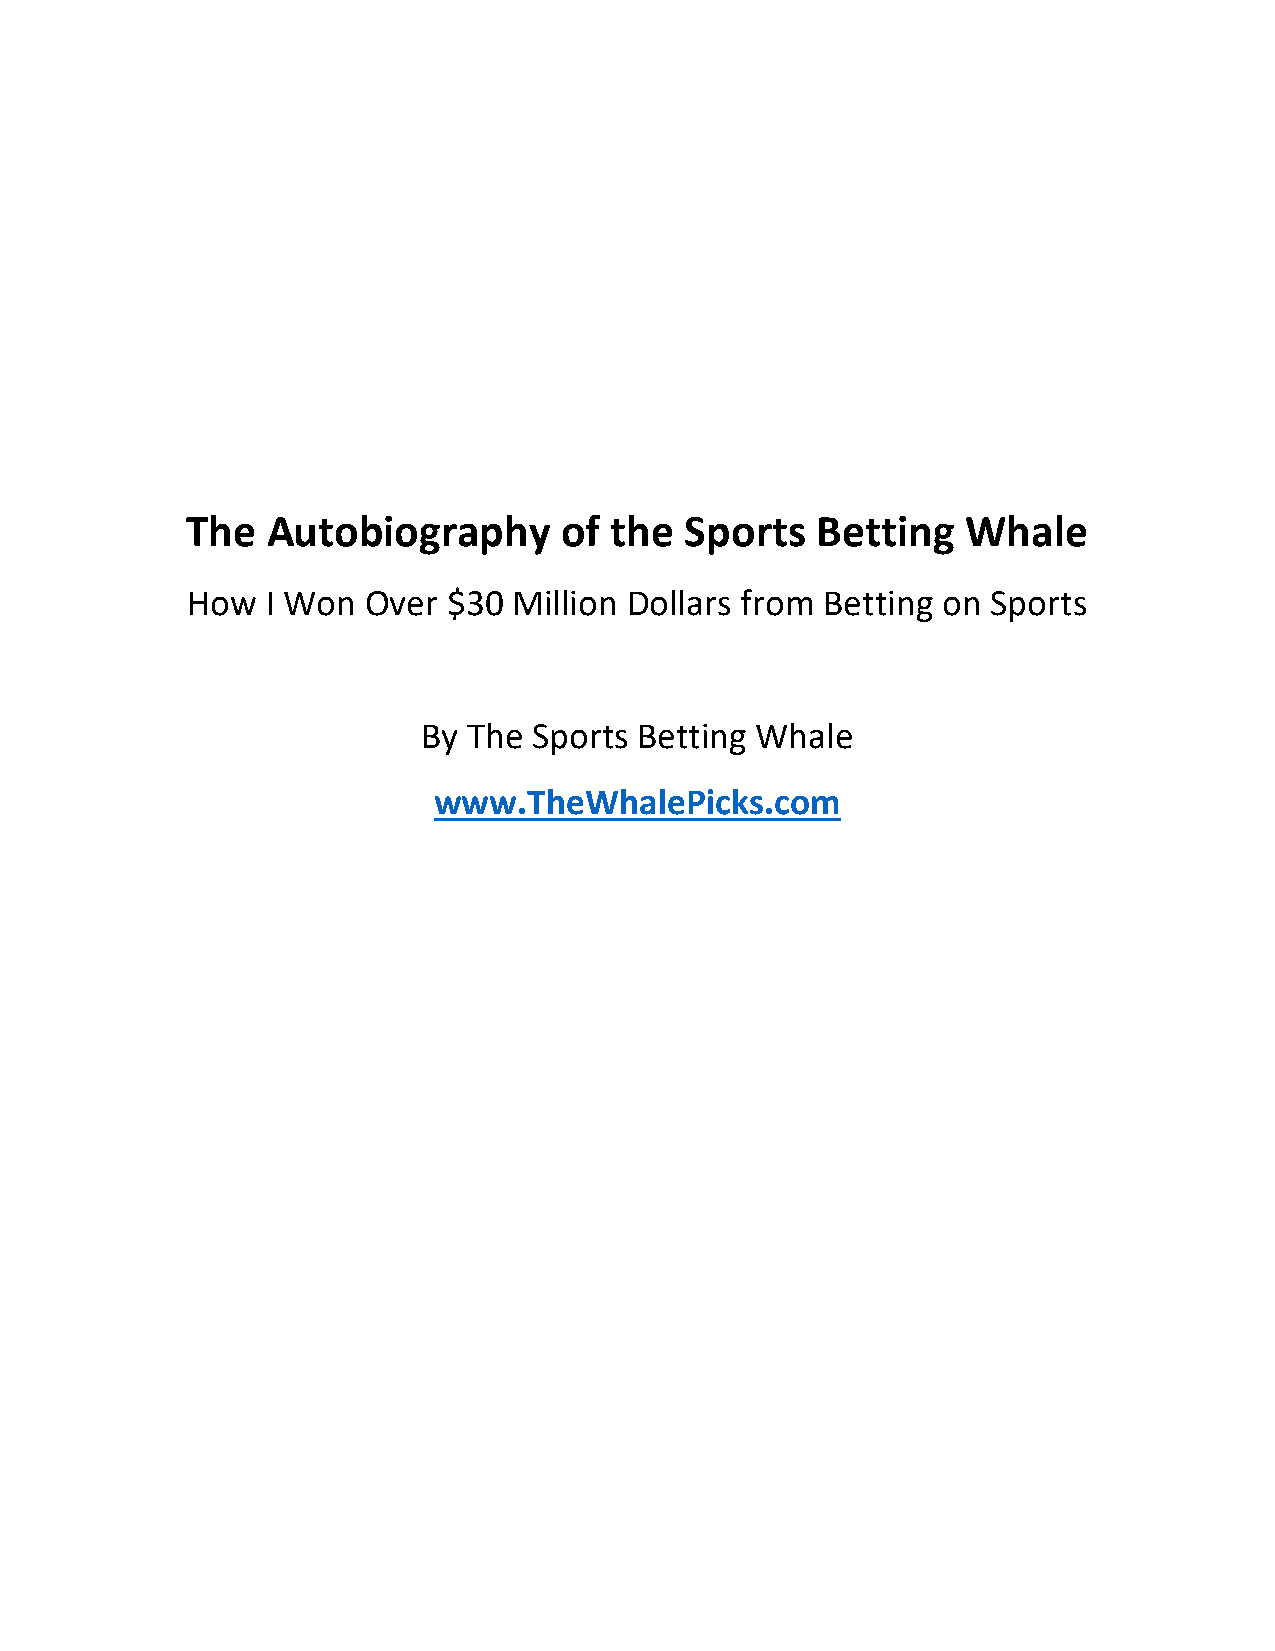
The   Autobiography      of the  Sports   Betting   Whale
 How   I Won Over  $30 Million Dollars from Betting on Sports
 By The Sports Betting Whale
 www.TheWhalePicks.com